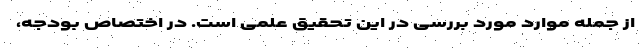
از جمله موارد مورد بررسی در این تحقیق علمی است. در اختصاص بودجه،